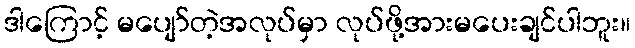
ဒါကြောင့် မပျော်တဲ့အလုပ်မှာ လုပ်ဖို့အားမပေးချင်ပါဘူး။